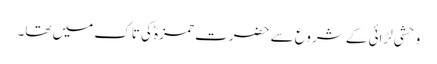
وحشی لڑائی کے شروع سے حضرت حمزہؓ کی تاک میں تھا۔